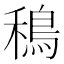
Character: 𫚴